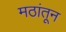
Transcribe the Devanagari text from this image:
मठांतून